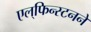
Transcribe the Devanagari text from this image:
एल्‌फिन्स्टनने